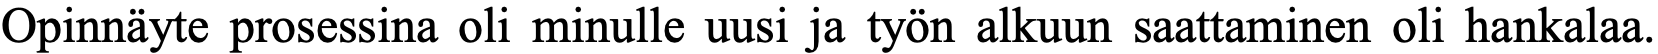
Opinnäyte prosessina oli minulle uusi ja työn alkuun saattaminen oli hankalaa.